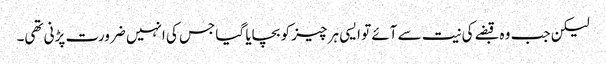
لیکن جب وہ قبضے کی نیت سے آئے تو ایسی ہر چیز کو بچایا گیا جس کی انہیں ضرورت پڑنی تھی۔